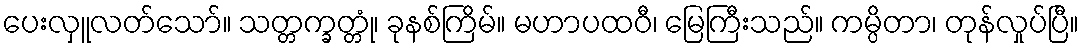
ပေးလှူလတ်သော်။ သတ္တက္ခတ္တုံ၊ ခုနစ်ကြိမ်။ မဟာပထဝီ၊ မြေကြီးသည်။ ကမ္ပိတာ၊ တုန်လှုပ်ပြီ။